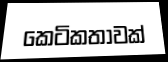
කෙටිකතාවක්